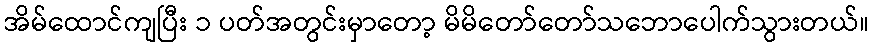
အိမ်ထောင်ကျပြီး ၁ ပတ်အတွင်းမှာတော့ မိမိတော်တော်သဘောပေါက်သွားတယ်။